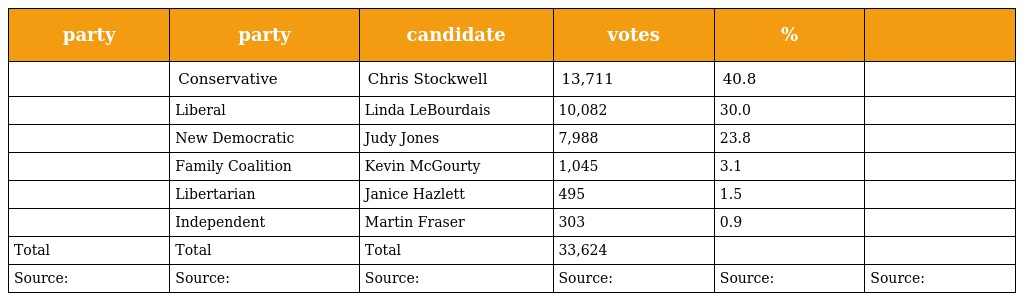
| party | party | candidate | votes | % |  |
 | --- | --- | --- | --- | --- | --- |
 |  | Conservative | Chris Stockwell | 13,711 | 40.8 |  |
 |  | Liberal | Linda LeBourdais | 10,082 | 30.0 |  |
 |  | New Democratic | Judy Jones | 7,988 | 23.8 |  |
 |  | Family Coalition | Kevin McGourty | 1,045 | 3.1 |  |
 |  | Libertarian | Janice Hazlett | 495 | 1.5 |  |
 |  | Independent | Martin Fraser | 303 | 0.9 |  |
 | Total | Total | Total | 33,624 |  |  |
 | Source: | Source: | Source: | Source: | Source: | Source: |